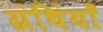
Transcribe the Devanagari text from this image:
ग्रंथिंयाँ